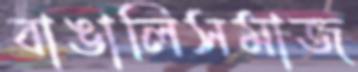
বাঙালিসমাজ